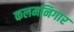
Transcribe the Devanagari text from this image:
कलमनिगार